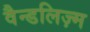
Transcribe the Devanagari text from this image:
वैन्डलिज़्म